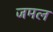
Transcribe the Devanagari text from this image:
जमल